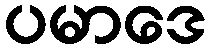
ပမာဒေ